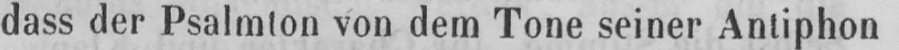
dass der Psalmton von dem Tone seiner Antiphon